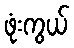
ဖုံးကွယ်